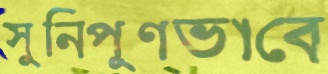
সুনিপুণভাবে